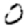
Digit: 0